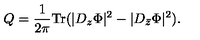
Q = \frac { 1 } { 2 \pi } \mathrm { T r } ( | D _ { z } \Phi | ^ { 2 } - | D _ { \bar { z } } \Phi | ^ { 2 } ) .